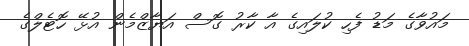
މައުވާގެ މަޑު ފެހި ކުލައިގެ އާ ކާރު ގޮސް އަޔާޒްމެން އުޅޭ ހޮޓެލްގެ